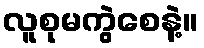
လူစုမကွဲစေနဲ့။